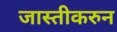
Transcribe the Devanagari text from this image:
जास्तीकरुन